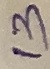
Text: 13